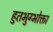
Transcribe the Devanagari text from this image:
हुतभुग्भोक्ता